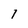
Character: 1